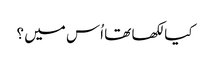
کیا لکھا تھا اُس میں ؟